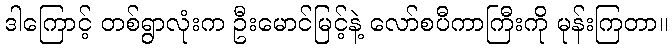
ဒါကြောင့် တစ်ရွာလုံးက ဦးမောင်မြင့်နဲ့ လော်စပီကာကြီးကို မုန်းကြတာ။